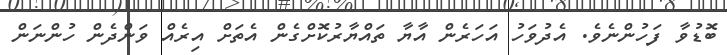
ބޮޑުވާ ފަހުންނެވެ. އެދުވަހު އަހަރެން އާޔާ ތައްޔާރުކޮށްގެން އެތަށް އިރެއް ވަންދެން ހުންނަން